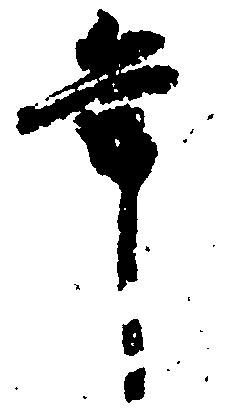
年